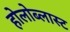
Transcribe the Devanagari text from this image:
होलोब्लास्ट